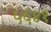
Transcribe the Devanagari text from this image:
५६४१